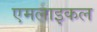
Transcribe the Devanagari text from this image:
एमलाइकल